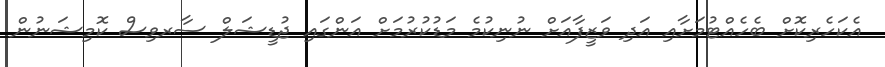
އެކަހެރިކޮށް ބެހެއްޓުމަށާއި އަދި ވަޒީފާއަށް ނުނިކުމެ މަޑުކުރުމަށް އަންގައި ޖުޑީޝަލް ސާރވިސް ކޮމިޝަނުން